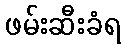
ဖမ်းဆီးခံရ